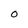
Character: O